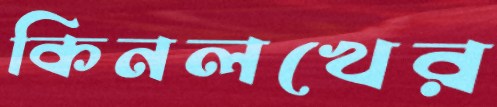
কিনলখের